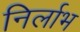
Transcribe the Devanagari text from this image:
निर्लाभ